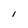
Character: I